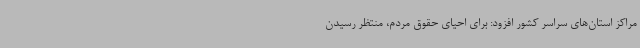
مراکز استان‌های سراسر کشور افزود: برای احیای حقوق مردم، منتظر رسیدن